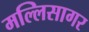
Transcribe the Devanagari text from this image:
मल्लिसागर